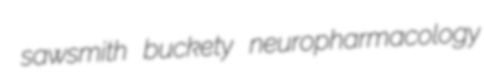
sawsmith buckety neuropharmacology